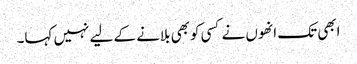
ابھی تک انھوں نے کسی کوبھی بلانے کے لیے نہیں کہا۔